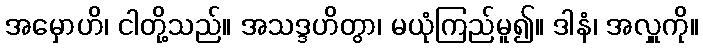
အမှောဟိ၊ ငါတို့သည်။ အသဒ္ဒဟိတွာ၊ မယုံကြည်မူ၍။ ဒါနံ၊ အလှူကို။